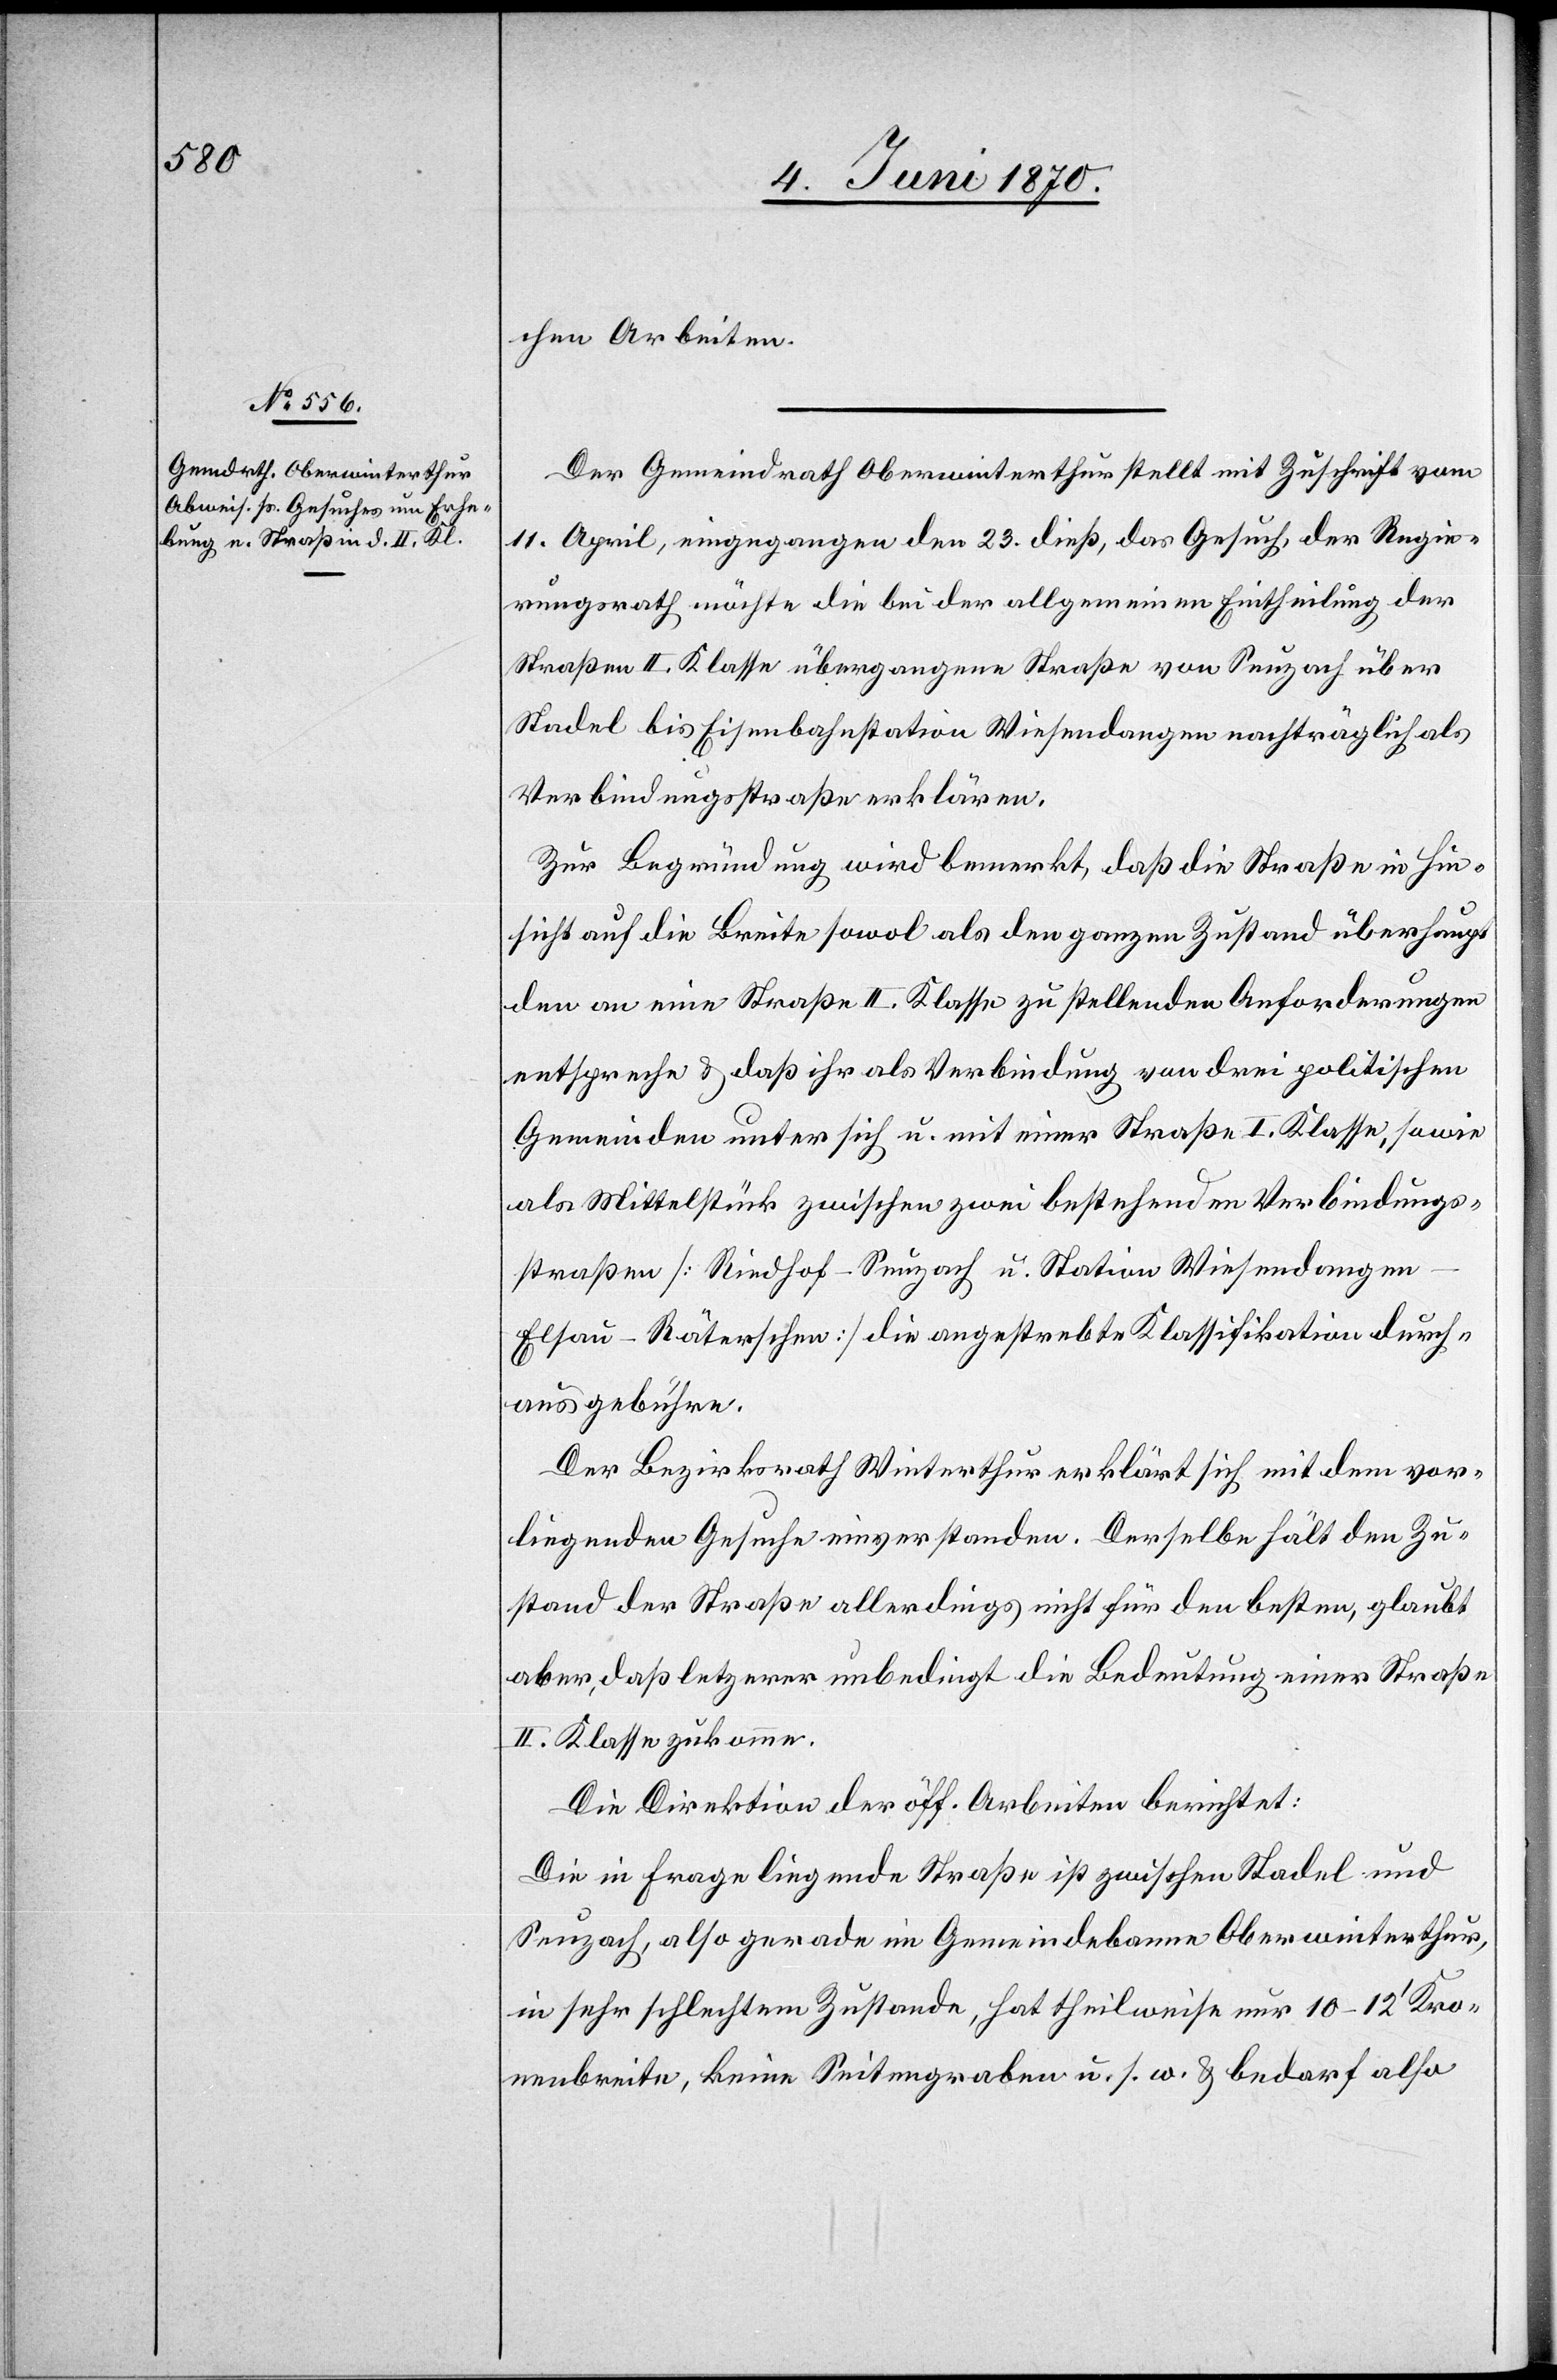
chen Arbeiten.
Der Gemeindrath Oberwinterthur stellt mit Zuschrift vom
11. April, eingegangen der 23. dieß, das Gesuch, der Regie¬
rungsrath möchte die bei der allgemeinen Eintheilung der
Straßen II. Klasse übergangene Straße von Seuzach über
Stadel bis Eisenbahnstation Wiesendangen nachträglich als
Verbindungsstraße erklären.
Zur Begründung wird bemerkt, daß die Straße in Hin¬
sicht auf die Breite sowol als den ganzen Zustand überhaupt
den an eine Straße II. Klasse zu stellenden Anforderungen
entspreche u. daß ihr als Verbindung von drei politischen
Gemeinden unter sich u. mit einer Straße I. Klasse, sowie
als Mittelstück zwischen zwei bestehenden Verbindungs¬
straßen [Riedhof–Seuzach u. Station Wiesendange¬
n–Elsau–Räterschen] die angestrebte Klassifikation durch¬
aus gebühre.
Der Bezirksrath Winterthur erklärt sich mit dem vor¬
liegenden Gesuche einverstanden. Derselbe hält den Zu¬
stand der Straße allerdings nicht für den besten, glaubt
aber, daß letz[t]erer unbedingt die Bedeutung einer Straße
II. Klasse zukomme.
Die Direktion der öff. Arbeiten berichtet:
Die in Frage liegende Straße ist zwischen Stadel und
Seuzach, also gerade im Gemeindebanne Oberwinterthur,
in sehr schlechtem Zustande, hat theilweise nur 10–12’ Kro¬
nenbreite, keine Seitengraben u. s. w. u. bedarf also